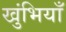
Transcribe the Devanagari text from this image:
खुंभियाँ